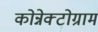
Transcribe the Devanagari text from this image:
कोन्नेक्टोग्राम